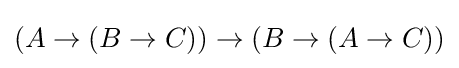
(A\to (B\to C))\to (B\to (A\to C))